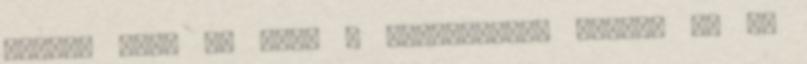
Erősen mar, de csak a kézfejemmel törlöm le az